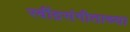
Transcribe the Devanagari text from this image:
रवींद्रसंगीताच्या